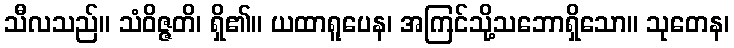
သီလသည်။ သံဝိဇ္ဇတိ၊ ရှိ၏။ ယထာရူပေန၊ အကြင်သို့သဘောရှိသော။ သုတေန၊